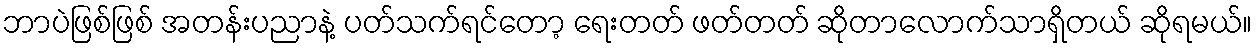
ဘာပဲဖြစ်ဖြစ် အတန်းပညာနဲ့ ပတ်သက်ရင်တော့ ရေးတတ် ဖတ်တတ် ဆိုတာလောက်သာရှိတယ် ဆိုရမယ်။